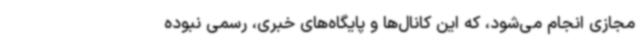
مجازی انجام می‌شود، که این کانال‌ها و پایگاه‌های خبری، رسمی نبوده